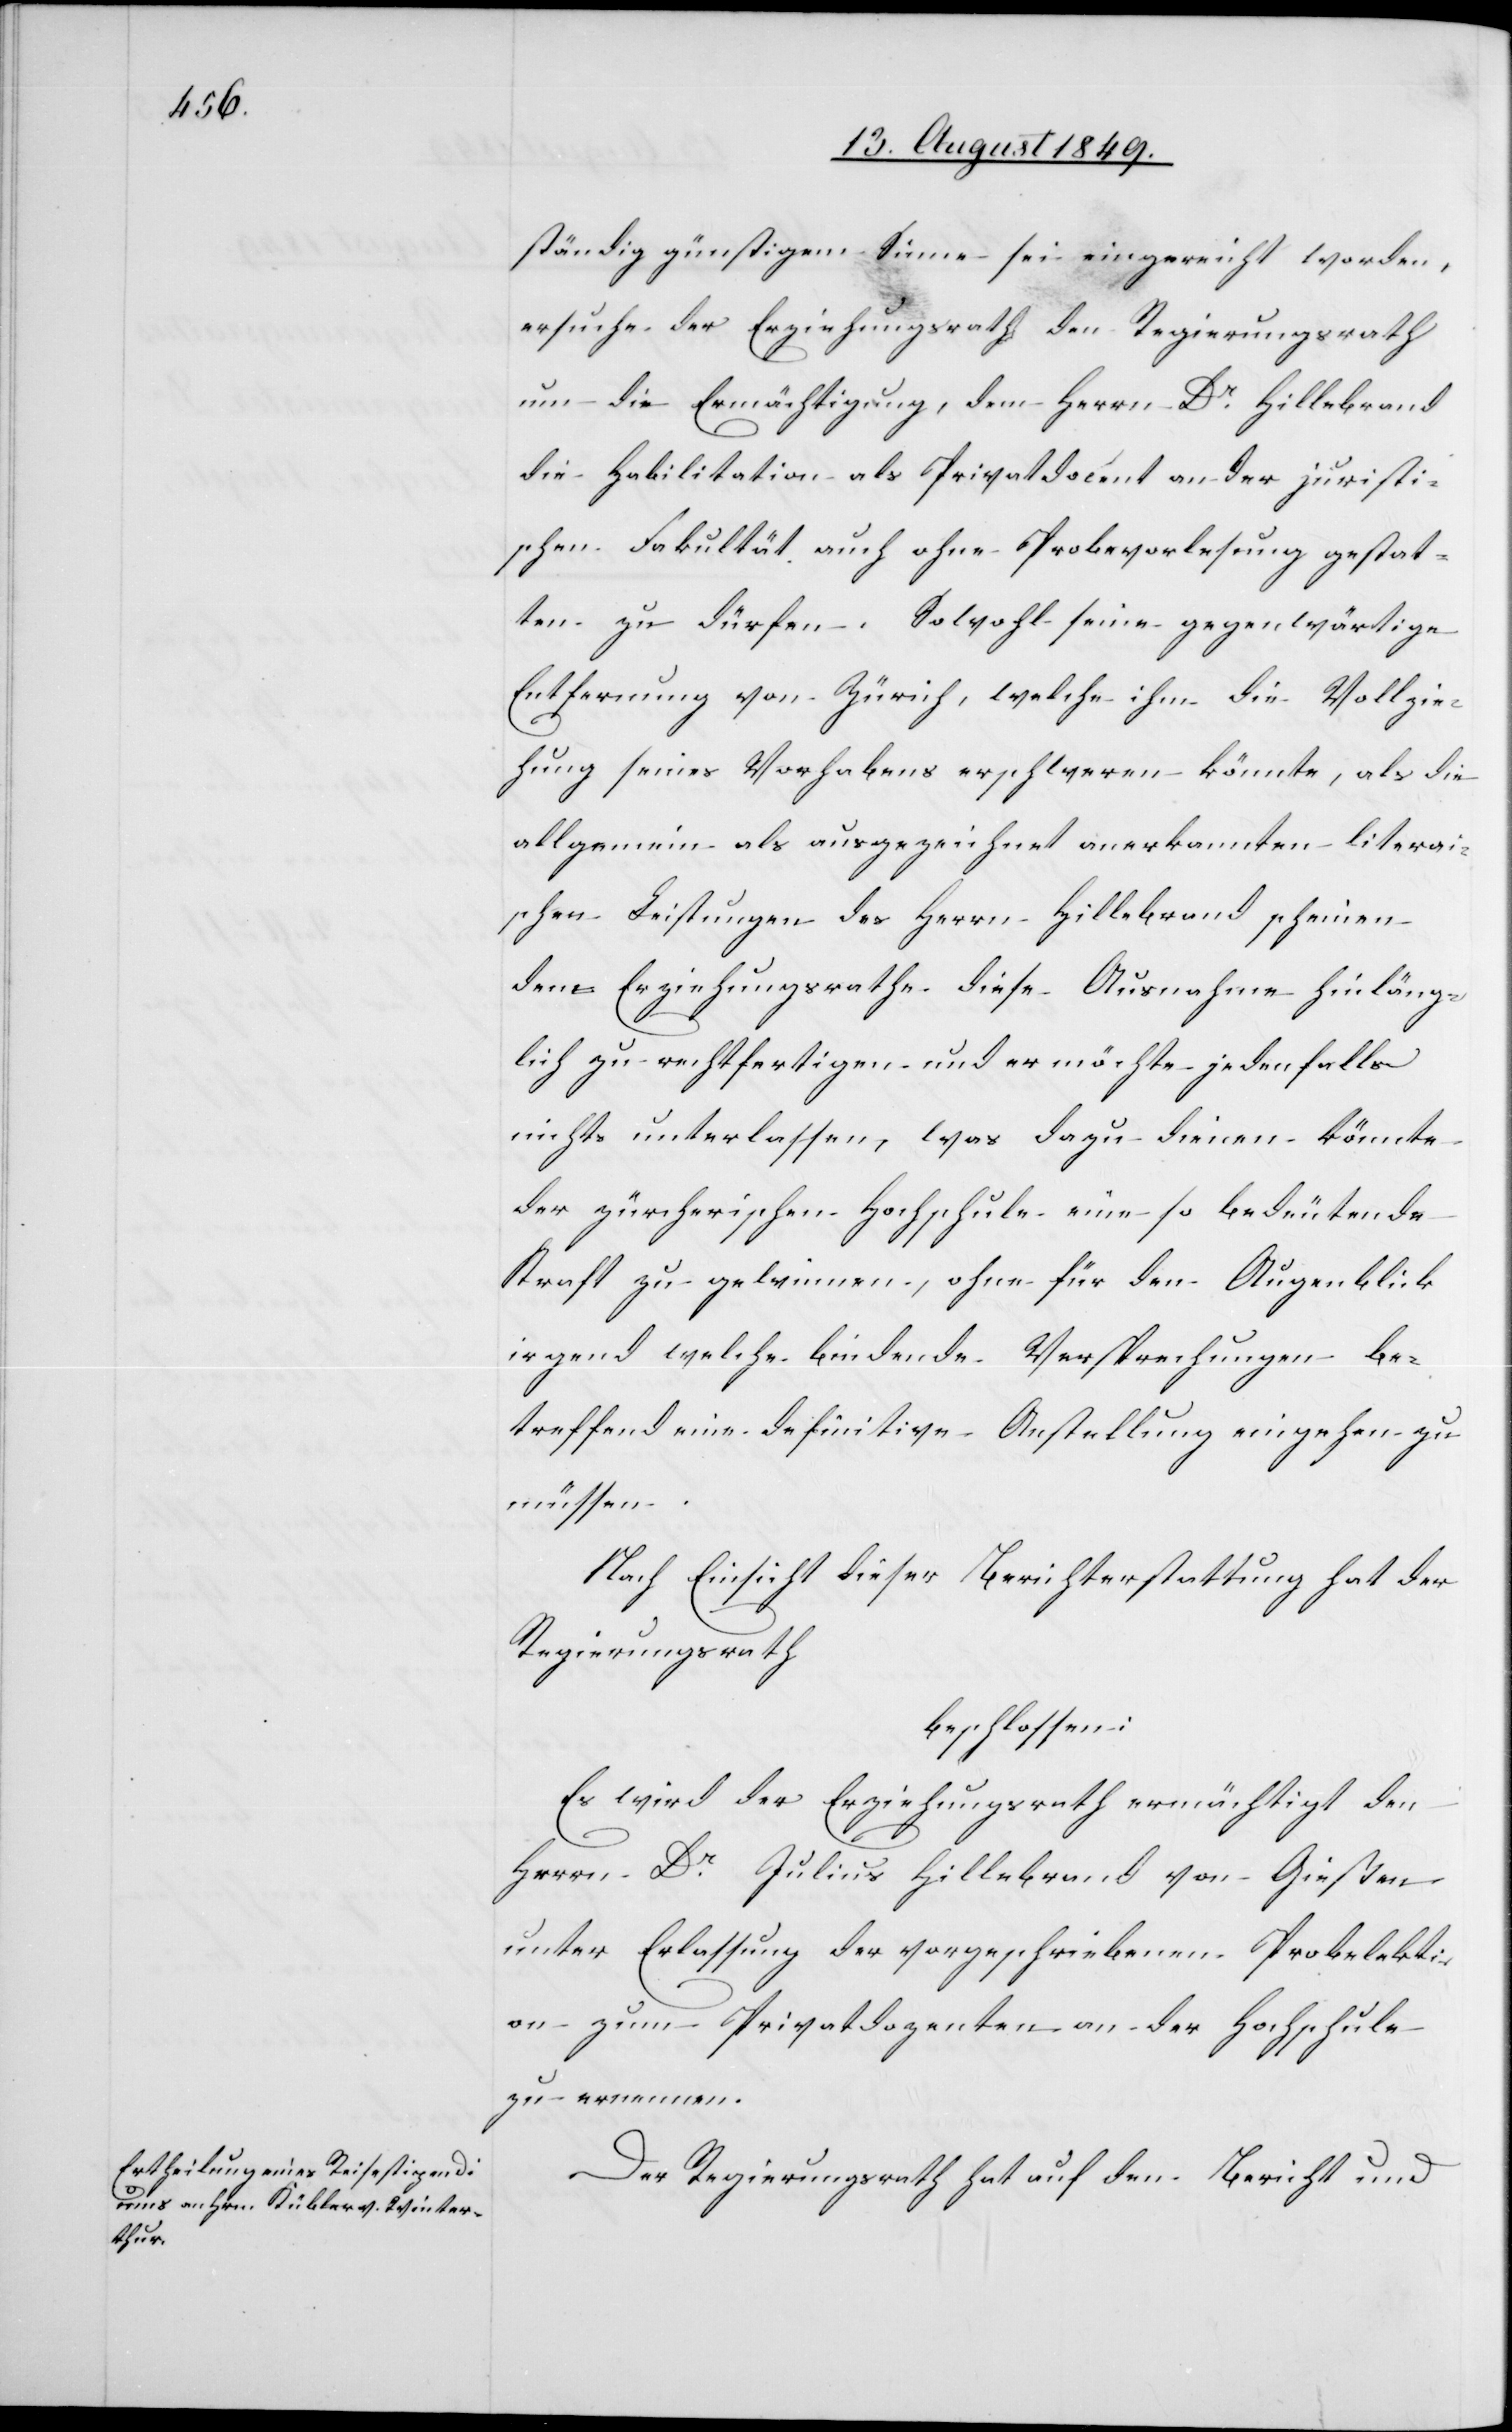
schen

ständig günstigem Sinne sei eingereicht worden,
ersuche der Erziehungsrath den Regierungsrath
um die Ermächtigung, dem Herrn Dr Hillebrand
die Habilitation als Privatdocent an der juristi¬
schen Fakultät auch ohne Probevorlesung gestat¬
ten zu dürfen. Sowohl seine gegenwärtige
Entfernung von Zürich, welche ihm die Vollzie¬
hung seines Vorhabens erschweren könnte, als die
allgemeine als ausgezeichnet anerkannten literai¬
[sic!] Leistungen des Herrn Hillebrand scheinen
dem Erziehungsrathe diese Ausnahme hinläng¬
lich zu rechtfertigen und er möchte jedenfalls
nichts unterlassen, was dazu dienen könnte
der zürcherischen Hochschule eine so bedeutende
Kraft zu gewinnen, ohne für den Augenblick
irgend welche bindende Versprechungen be¬
treffend eine definitive Anstellung eingehen zu
müssen.
Nach Einsicht dieser Berichterstattung hat der
Regierungsrath
beschlossen:
Es wird der Erziehungsrath ermächtigt den
Herrn Dr Julius Hillebrand von Gießen
unter Erlassung der vorgeschriebenen Probelekti¬
on zum Privatdozenten an der Hochschule
zu ernennen.
Der Regierungsrath hat auf den Bericht und